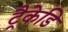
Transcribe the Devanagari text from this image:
ट्रैकेडि